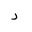
Letter: _ra